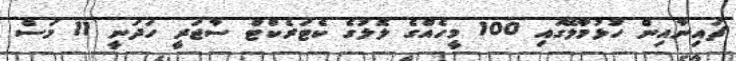
ޗައިނާއިން ހުޅުމާލޭގައި 100 މީހެއްގެ ލޮލުގެ ކެޓަރެކްޓް ސާޖަރީ ހަދަނީ 11 މަސް